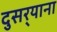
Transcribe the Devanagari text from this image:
दुसर्‍याना